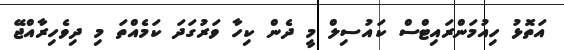
އަތޮޅު ހިއުމަންރައިޓްސް ކައުސިލް މީ ދެން ކިހާ ވަރުގަދަ ކަމެއްތަ މި ދިވެހިރާއްޖޭ